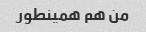
من هم همینطور